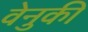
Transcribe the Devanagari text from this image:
वेनुकी